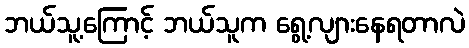
ဘယ်သူ့ကြောင့် ဘယ်သူက ရွေ့လျားနေရတာလဲ